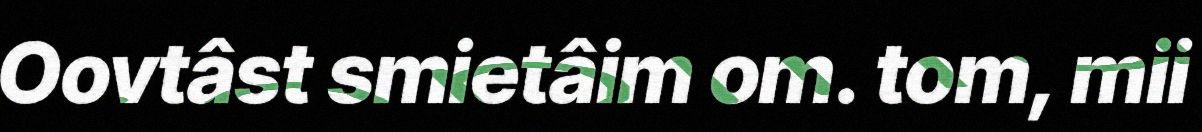
Oovtâst smietâim om. tom, mii